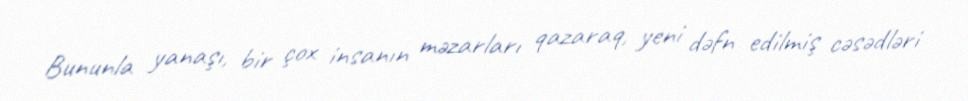
Bununla yanaşı, bir çox insanın məzarları qazaraq, yeni dəfn edilmiş cəsədləri